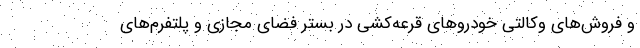
و فروش‌های وکالتی خودروهای قرعه‌کشی در بستر فضای مجازی و پلتفرم‌های